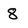
Character: 8